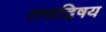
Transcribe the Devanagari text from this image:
तत्तद्विषय